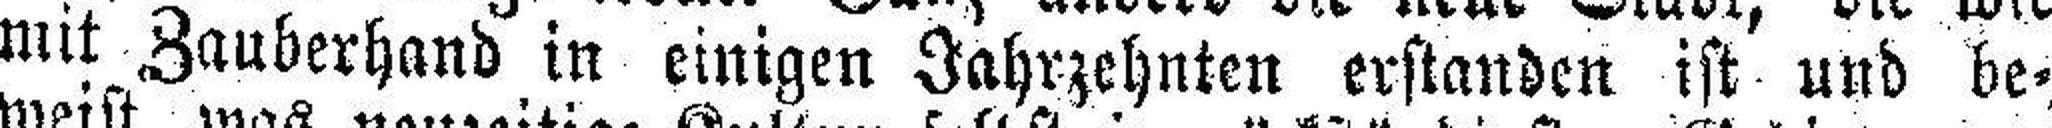
mit Zauberhand in einigen Jahrzehnten erstanden ist und be¬